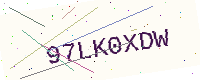
Text: 97LK0XDW